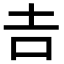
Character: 𠮷